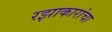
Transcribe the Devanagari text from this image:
रझाकारांचा